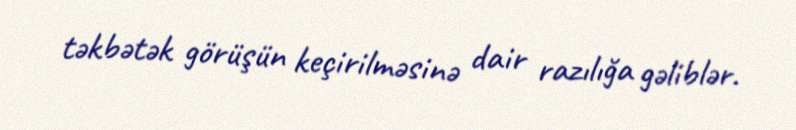
təkbətək görüşün keçirilməsinə dair razılığa gəliblər.